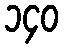
၁၄၀